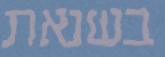
בשנאת